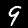
Label: 9